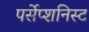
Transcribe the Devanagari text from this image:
पर्सेप्शनिस्ट